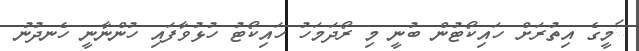
ަމީގެ އިތުރަށް ހައިކޯޓުން ބުނީ މި ރޯދަމަހު ހައިކޯޓު ހުޅުވާފައި ހުންނާނީ ހެނދުނު